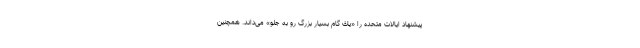
پیشنهاد ایالات متحده را «یك گام بسیار بزرگ رو به جلو» می‌داند. همچنین